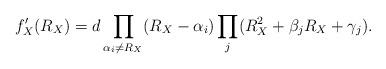
LaTeX: \begin{align*}f'_X(R_X)&=d\prod_{\alpha_i\neq R_X}(R_X-\alpha_i)\prod_j(R_X^2+\beta_j R_X+\gamma_j).\end{align*}